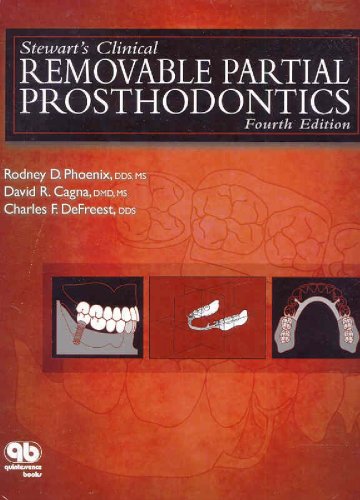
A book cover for Stewart's Clinical Removable Partial Prosthodontics (Phoenix, Stewart's Clinical Removable Partial Prosthodontics); Rodney D. Phoenix; Medical Books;